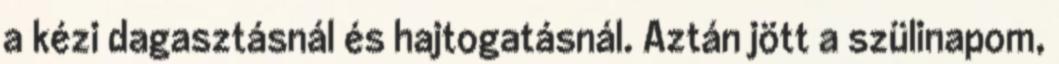
a kézi dagasztásnál és hajtogatásnál. Aztán jött a szülinapom,